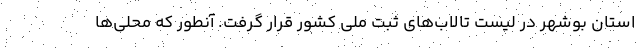
استان بوشهر در لیست تالاب‌های ثبت ملی کشور قرار گرفت. آنطور که محلی‌ها